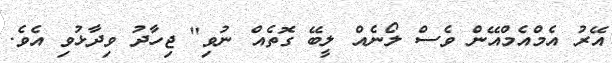
އޭރު އެމްއެމްއޭން ވެސް ލޯނެއް ލީބޭ ގޮތެއް ނުވި" ޖިހާދު ވިދާޅުވި އެވެ.